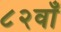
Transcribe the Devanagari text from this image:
८२वाँ